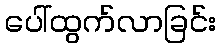
ပေါ်ထွက်လာခြင်း